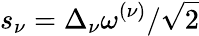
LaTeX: s_{\nu}=\Delta_{\nu}\omega^{(\nu)}/\sqrt{2}